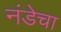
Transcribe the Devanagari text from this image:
नंडेचा